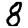
Digit: 8